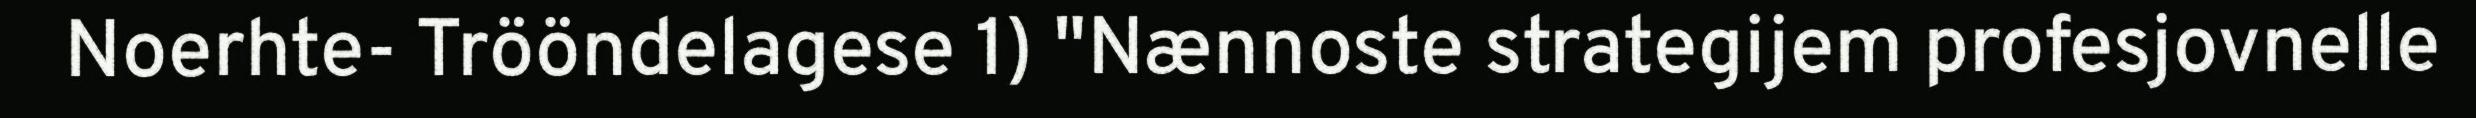
Noerhte- Trööndelagese 1) "Nænnoste strategijem profesjovnelle